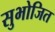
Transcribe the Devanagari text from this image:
सुभोजित